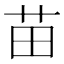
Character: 苗